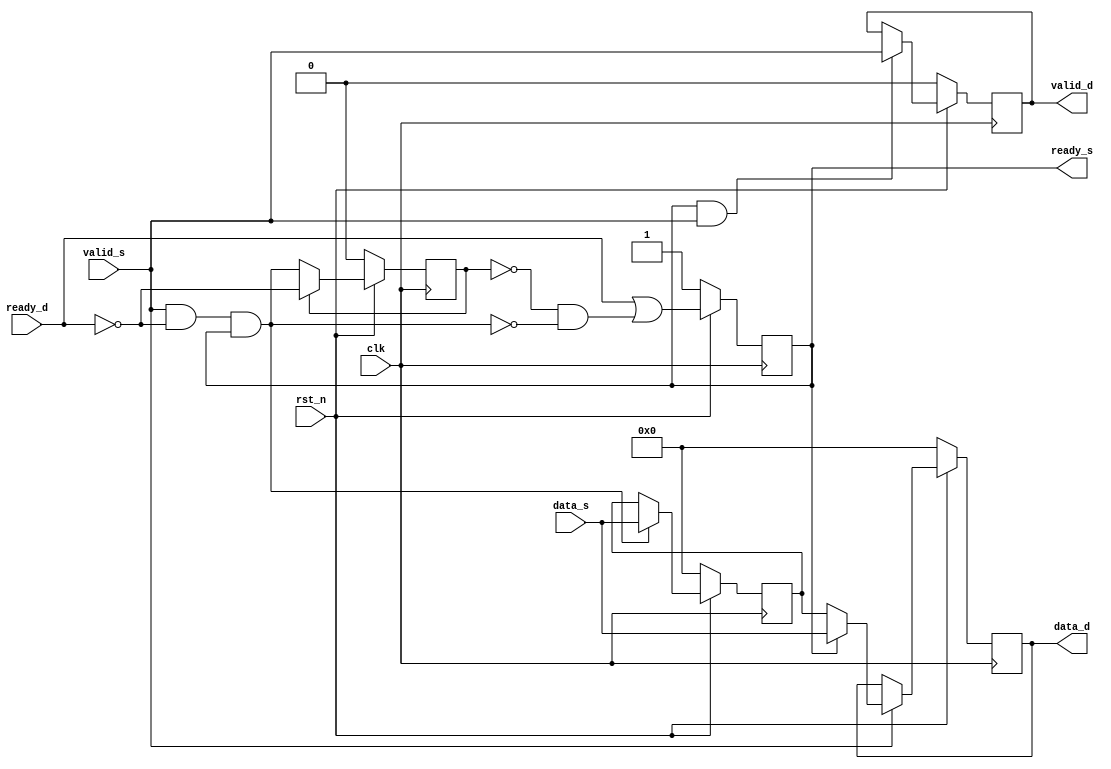
module handshake(
    input clk,
    input rst_n,

    //interface of source
    input valid_s,
    input [7:0] data_s,
    output ready_s,

    //interface of destination
    input ready_d,
    output valid_d,
    output [7:0] data_d
);

reg valid_tmp;
reg [7:0] data_tmp;
reg ready_s;
wire store;
reg data_d;
reg valid_d;

assign store = valid_s && ~ready_d && ready_s;

always@(posedge clk) begin
    if(!rst_n)
    valid_tmp <= 1'b0;
    else 
    valid_tmp <= valid_tmp ? ~ready_d : store;
end

always@(posedge clk)begin
    if(!rst_n)
    data_tmp <= 8'b0;
    else 
    data_tmp <= store? data_s : data_tmp;
end

always@(posedge clk)begin
    if(!rst_n)
    ready_s <= 1'b1;
    else
    ready_s <= (ready_d) || ((!valid_tmp) && (!store));  //这次没存 而且上次也没存
end

always@(posedge clk)begin
    if(!rst_n)
    valid_d <= 1'b0;
    else if(ready_s && valid_s)
    valid_d <= valid_s;
end

always@(posedge clk)begin
    if(!rst_n)
    data_d <= 8'b0;
    else if(valid_s==1'b0)
    data_d <= data_d;
    else 
    data_d <= ready_s ? data_s : data_tmp;
end

endmodule